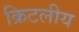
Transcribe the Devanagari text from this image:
क्रिटलीय